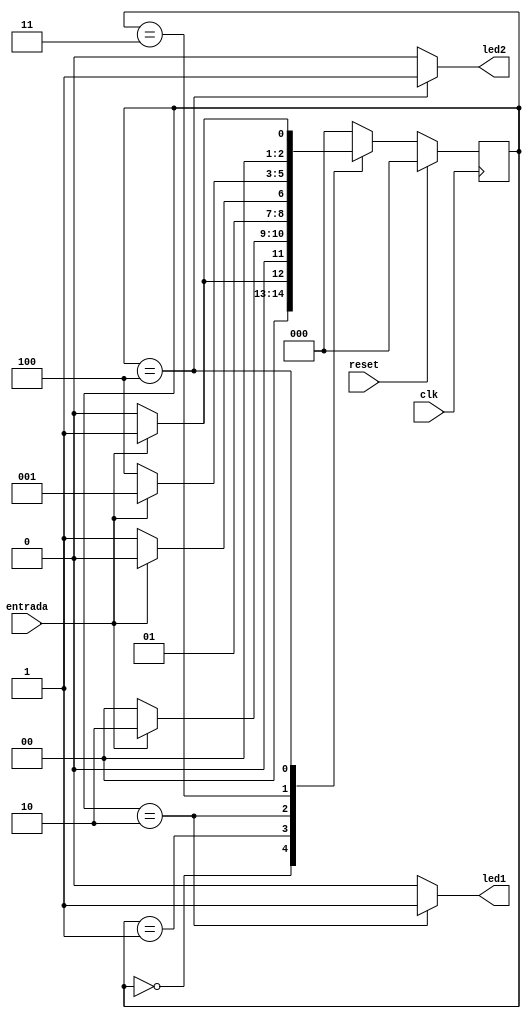
`timescale 1ns / 1ps

module detector_secuencia
(
	input clk,
	input reset,
	input entrada,
	output reg led1,
	output reg led2
);

	localparam E0 = 'b000;
	localparam E1 = 'b001;
	localparam E2 = 'b010;
	localparam E3 = 'b011;
	localparam E4 = 'b100;

	reg [2:0] estado_actual, estado_siguiente;

	/* Lgica para definir el estado siguiente */
	always @(*) begin
		case (estado_actual)
		E0:
			if (entrada == 1'b1)
				estado_siguiente = E1;
			else
				estado_siguiente = E0;
		E1:
			estado_siguiente = (entrada == 1'b1) ? E2 : E0;
		E2:
			estado_siguiente = (entrada == 1'b0) ? E3 : E2;
		E3:
			estado_siguiente = (entrada == 1'b0) ? E4 : E1;
		E4:
			estado_siguiente = (entrada == 1'b0) ? E0 : E1;
		default:
			estado_siguiente = E0;
		endcase
	end

	/* Lgica para definir las salidas asociadas a los estados */
	always @(*) begin
		led1 = 1'b0;
		led2 = 1'b0;
		case (estado_actual)
		E2:
			led1 = 1'b1;
		E4:
			led2 = 1'b1;
		endcase
	end

	/* Registrando el estado */
	always @(posedge clk) begin
		if (reset)
			estado_actual <= E0;
		else
			estado_actual <= estado_siguiente;
	end

endmodule